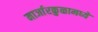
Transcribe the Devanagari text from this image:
मार्जारकुळामध्ये